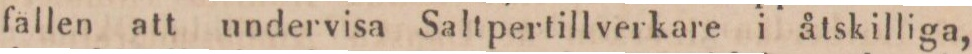
fallen att undervisa Saltpertillverkare i åtskilliga,